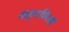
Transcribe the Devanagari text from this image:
बाह्यफिरकी